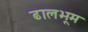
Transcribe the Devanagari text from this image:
ढालभूम